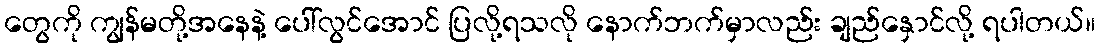
တွေကို ကျွန်မတို့အနေနဲ့ ပေါ်လွင်အောင် ပြလို့ရသလို နောက်ဘက်မှာလည်း ချည်နှောင်လို့ ရပါတယ်။